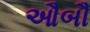
ઔબૌ